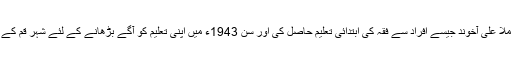
آپ نے ہمدان میں ملا علی آخوند جیسے افراد سے فقہ کی ابتدائی تعلیم حاصل کی اور سن 1943ء میں اپنی تعلیم کو آگے بڑھانے کے لئے شہر قم کے لئے عازم ہوگئے۔